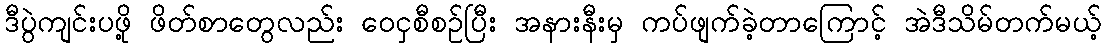
ဒီပွဲကျင်းပဖို့ ဖိတ်စာတွေလည်း ဝေငှစီစဉ်ပြီး အနားနီးမှ ကပ်ဖျက်ခဲ့တာကြောင့် အဲဒီသိမ်တက်မယ့်